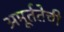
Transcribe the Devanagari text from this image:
अमूर्ततेची